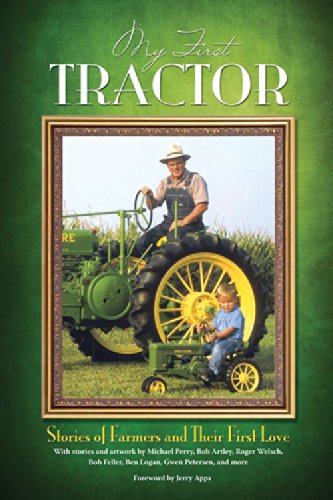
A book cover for My First Tractor: Stories of Farmers and Their First Love; Humor & Entertainment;